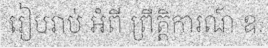
រៀបរាប់ អំពី ព្រឹត្តិការណ៍ ឧ.